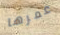
عمرها